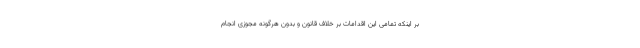
بر اینکه تمامی این اقدامات بر خلاف قانون و بدون هرگونه مجوزی انجام